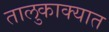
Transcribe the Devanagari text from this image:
तालुकाक्यात